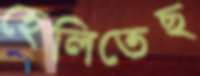
হেলিতেছ